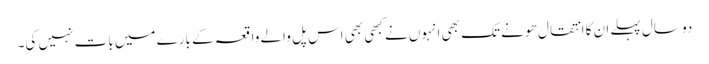
دو سال پہلے ان کا انتقال ھو نے تک بھی انہوں نے کبھی بھی اس پل والے واقعہ کے بارے میں بات نہیں کی۔